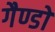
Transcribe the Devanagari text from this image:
गैण्डों